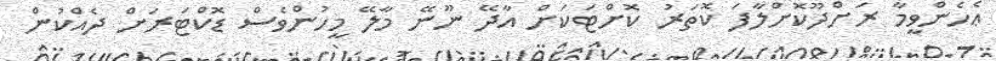
ޢެހެންވީމާ ރަށްދޫކޮށްލާފަ ކޮތަރު ކޮށްޓަކަށް އާދޭ ނޫނޭ މާލޭ މީހުންވެސް ޑޮކްޓަރަށް ދެއްކުން